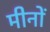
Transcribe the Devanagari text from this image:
मीनों